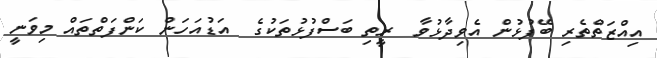
އިއްޒަތްތެރި ބޭފުޅުން އެވިދާޅުވާ  ރީތި ބަސްފުޅުތަކުގެ  އަޑުއަހަން ކަންފަތްތައް މިވަނީ